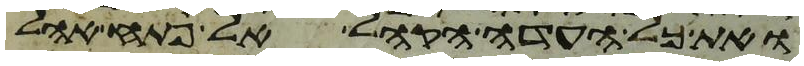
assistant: ואת כל העדה הקהל אל פתח אהל